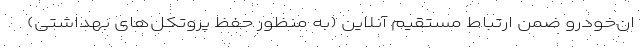
ان‌خودرو ضمن ارتباط مستقیم آنلاین (به منظور حفظ پروتکل‌های بهداشتی)